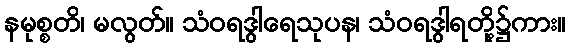
နမုစ္စတိ၊ မလွတ်။ သံဝရဒွါရေသုပန၊ သံဝရဒွါရတို့၌ကား။